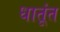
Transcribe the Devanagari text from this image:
धातूंत